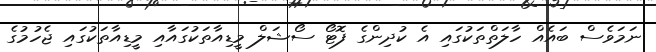
ނަމަވެސް ބައެއް ހާލަތްތަކުގައި އެ ކުދިންގެ ފޮޓޯ ސޯޝަލް މީޑިއާތަކުގައާއި މީޑިއާތަކުގައި ޖެހުމުގެ